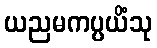
ယညမကပ္ပယိံသု